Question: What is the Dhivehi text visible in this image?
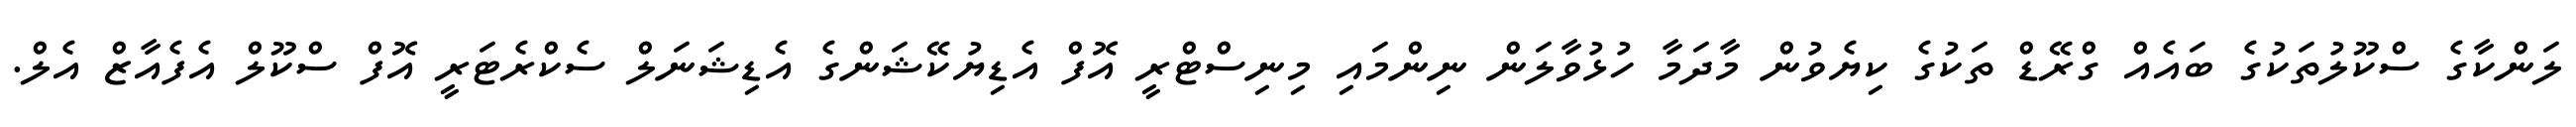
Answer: ލަންކާގެ ސްކޫލުތަކުގެ ބައެއް ގްރޭޑް ތަކުގެ ކިޔެވުން މާދަމާ ހުޅުވާލަން ނިންމައި މިނިސްޓްރީ އޮފް އެޑިޔުކޭޝަންގެ އެޑިޝަނަލް ސެކްރެޓަރީ އޮފް ސްކޫލް އެފެއާޒް އެލް.